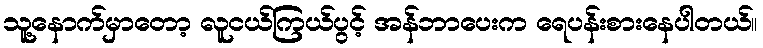
သူ့နောက်မှာတော့ လူငယ်ကြယ်ပွင့် အန်ဘာပေးက ရေပန်းစားနေပါတယ်။